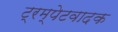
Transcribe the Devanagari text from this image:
ट्रम्पेटवादक